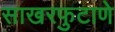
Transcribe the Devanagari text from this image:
साखरफुटाणे